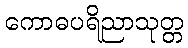
ကောဓပရိညာသုတ္တ